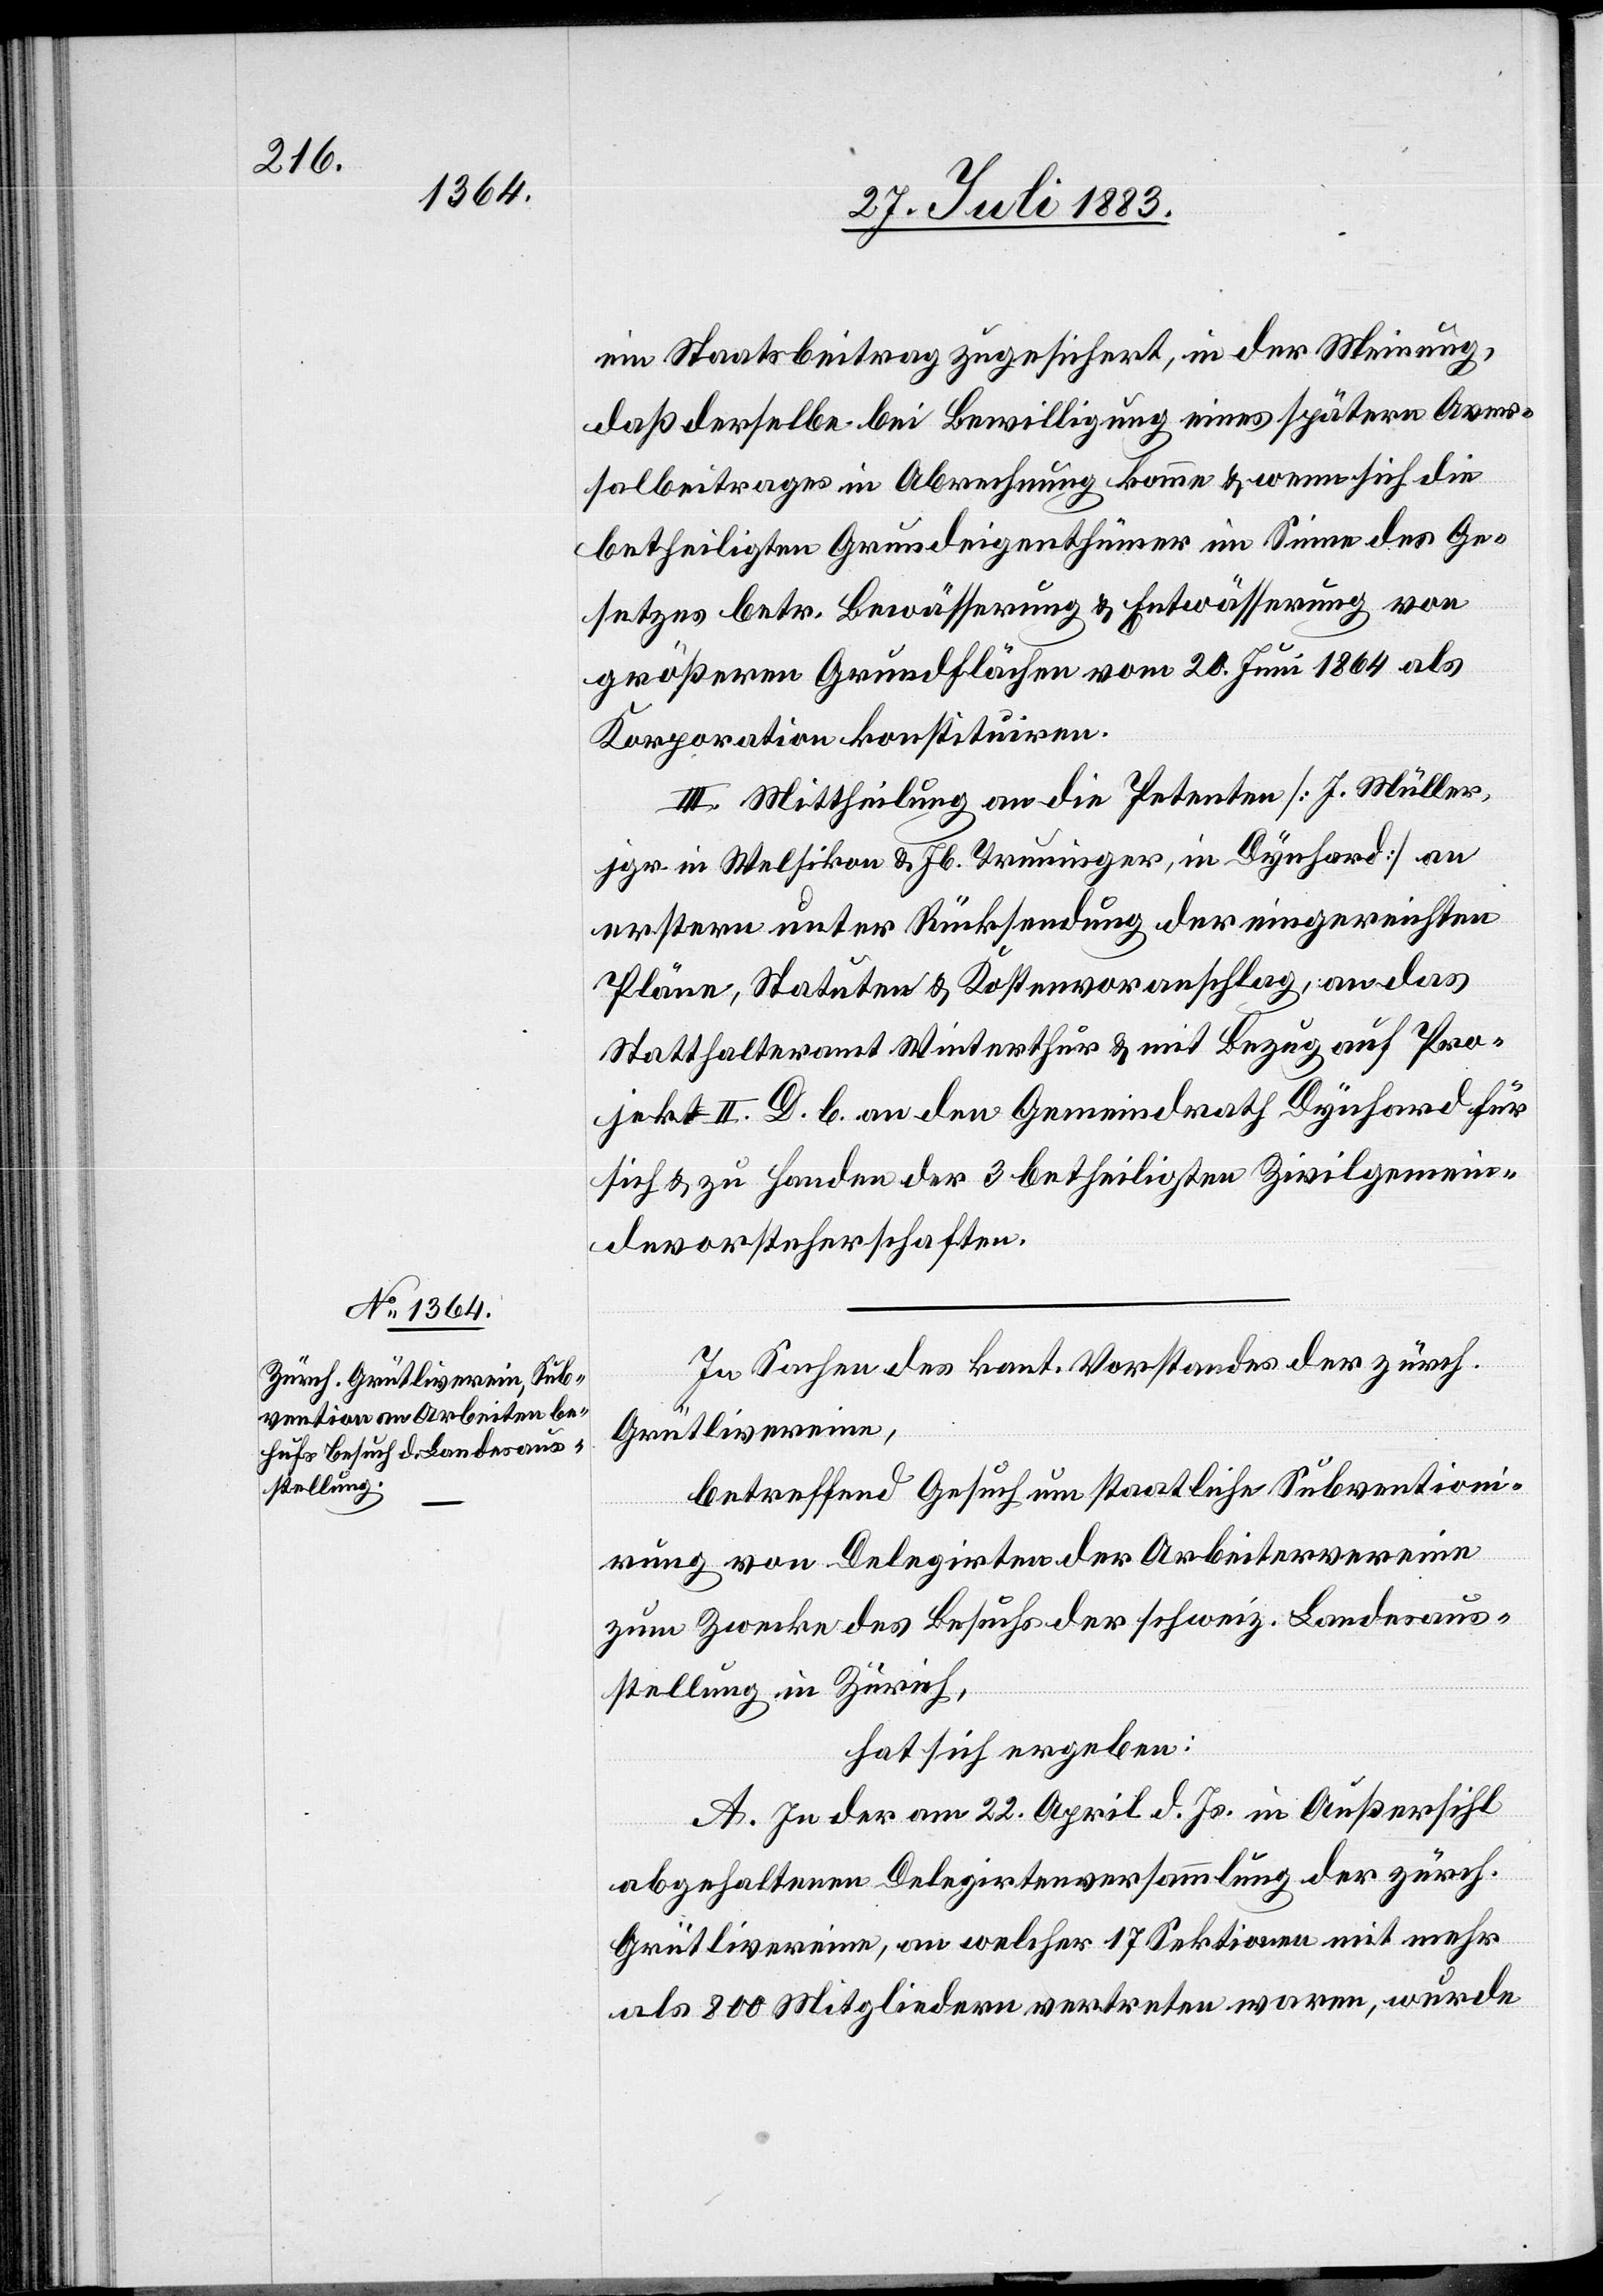
ein Staatsbeitrag zugesichert, in der Meinung,
daß derselbe bei Bewilligung eines spätern Aver¬
salbeitrages in Abrechnung komme & wenn sich die
betheiligten Grundeigenthümer im Sinne des Ge¬
setzes betr. Bewässerung & Entwässerung von
größeren Grundflächen vom 20. Juni 1864 als
Korporation konstituiren.
III. Mittheilung an die Petenten [J. Müller,
jgr. in Welsikon & Jb. Truninger, in Dynhard] an
erstern unter Rücksendung der eingereichten
Pläne, Statuten & Kostenvoranschlag, an das
Statthalteramt Winterthur & mit Bezug auf Pro¬
jekt II. D. b. an den Gemeindrath Dynhard für
sich & zu Handen der 3 betheiligten Zivilgemein¬
devorsteherschaften.
In Sachen des kant. Vorstandes der zürch.
Grütlivereine,
betreffend Gesuch um staatliche Subventioni¬
rung von Delegirten der Arbeitervereine
zum Zwecke des Besuchs der schweiz. Landesaus¬
stellung in Zürich,
hat sich ergeben:
A. In der am 22. April d. Js. in Außersihl
abgehaltenen Delegirtenversammlung der zürch.
Grütlivereine, an welcher 17 Sektionen mit mehr
als 800 Mitgliedern vertreten waren, wurde